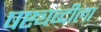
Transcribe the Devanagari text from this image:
षष्ट्यब्दीला